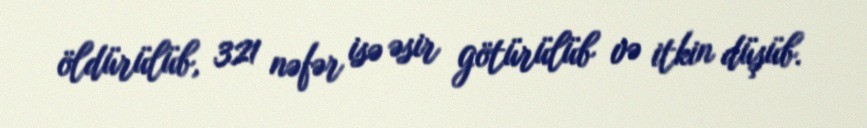
öldürülüb, 321 nəfər isə əsir götürülüb və itkin düşüb.